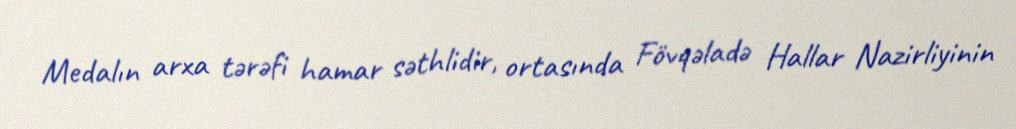
Medalın arxa tərəfi hamar səthlidir, ortasında Fövqəladə Hallar Nazirliyinin